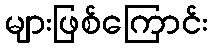
များဖြစ်ကြောင်း